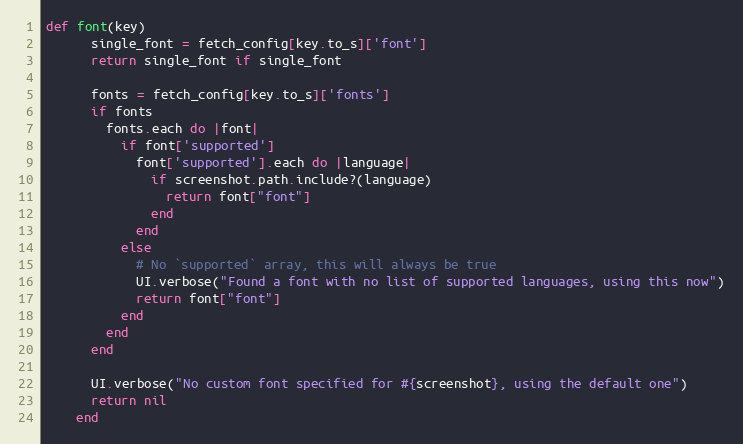
Language: Ruby
def font(key)
      single_font = fetch_config[key.to_s]['font']
      return single_font if single_font

      fonts = fetch_config[key.to_s]['fonts']
      if fonts
        fonts.each do |font|
          if font['supported']
            font['supported'].each do |language|
              if screenshot.path.include?(language)
                return font["font"]
              end
            end
          else
            # No `supported` array, this will always be true
            UI.verbose("Found a font with no list of supported languages, using this now")
            return font["font"]
          end
        end
      end

      UI.verbose("No custom font specified for #{screenshot}, using the default one")
      return nil
    end